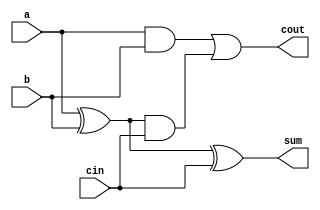
`timescale 1ns/1ps
module fa(a,b,cin,sum,cout);
    input wire a;
    input wire b;
    input wire cin;
    output wire sum;
    output wire cout;

    wire s0;
    wire c0;
    wire c1;

    assign s0=a^b;
    assign c0=a&b;
    assign sum=s0^cin;
    assign c1=s0&cin;
    assign cout=c0|c1;
endmodule